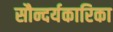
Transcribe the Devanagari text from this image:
सौन्दर्यकारिका